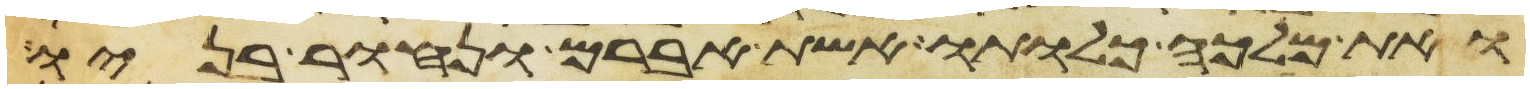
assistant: ואת מלכה כלותו אשת אברם ונחור בניו